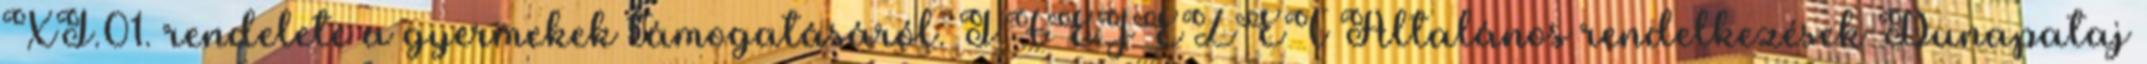
XI.01. rendelete a gyermekek támogatásáról. I.FEJEZET Általános rendelkezések Dunapataj